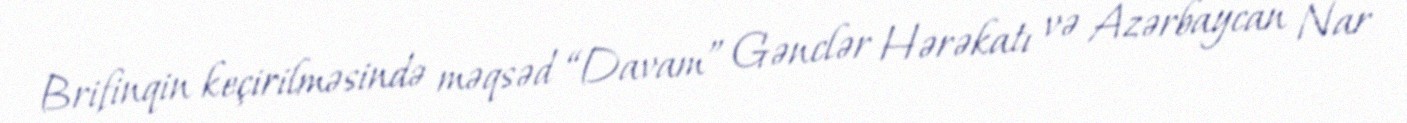
Brifinqin keçirilməsində məqsəd “Davam” Gənclər Hərəkatı və Azərbaycan Nar